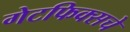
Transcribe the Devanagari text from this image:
गेटफिक्सचे